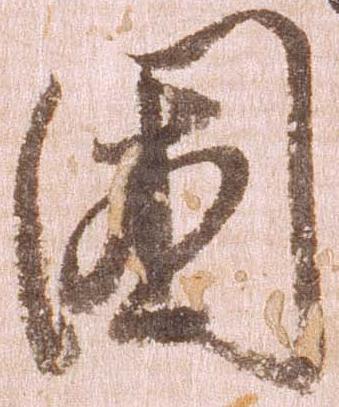
国